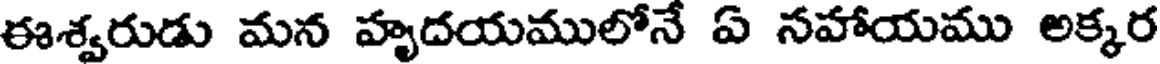
ఈశ్వరుడు మన హృదయములోనే ఏ నహాయము అక్కర